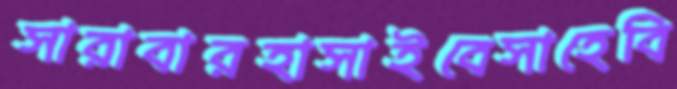
সারাবারহাসাইবেসাহেবি